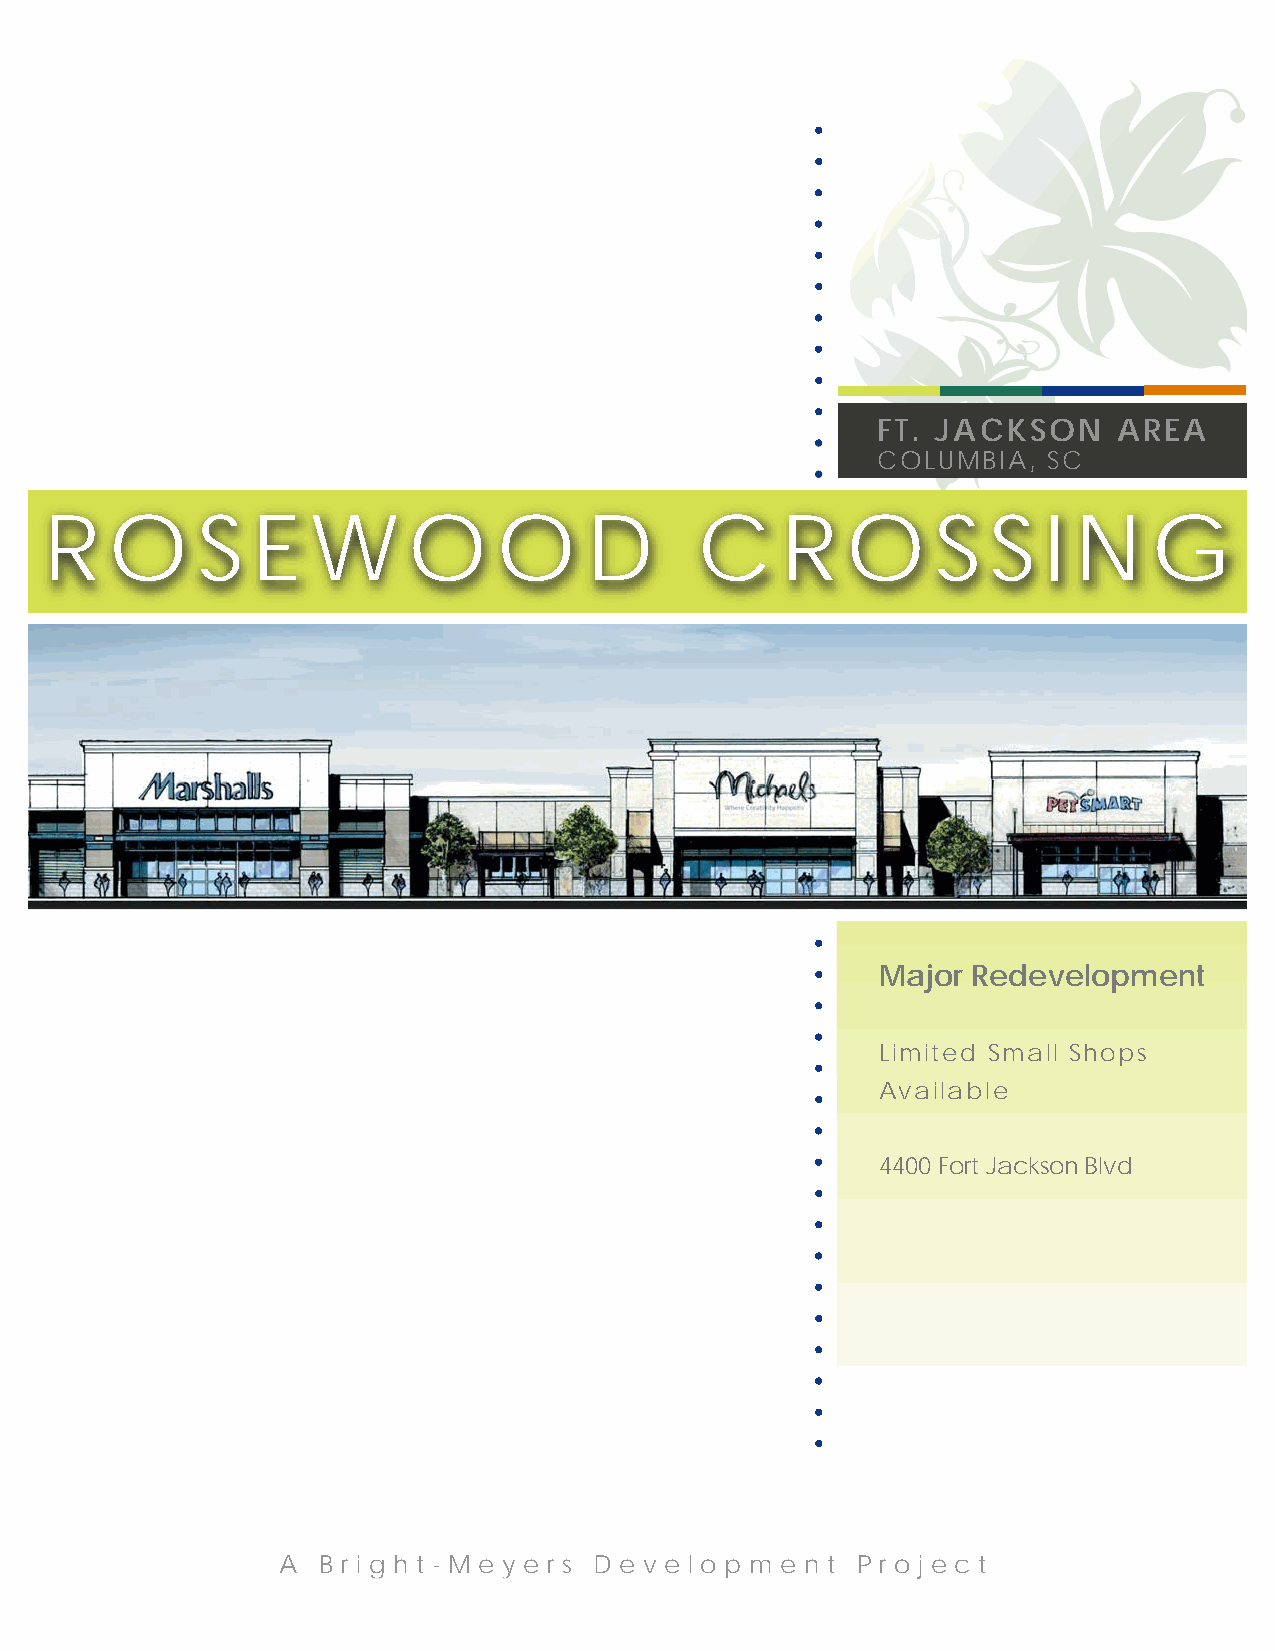
FT. JACKSON     AREA
 COLUMBIA,  SC
 R   O     S   E   W     O     O     D      C     R   O     S   S  I N    G
 Major Redevelopment
 Limited Small Shops
 Available
 4400 Fort Jackson Blvd
 A  B r i g h t - M e y e r s D ee v e l o p m e n t P r o j e c t